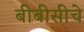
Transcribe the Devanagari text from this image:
बीबीसीचे